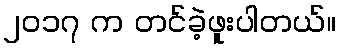
၂၀၁၇ က တင်ခဲ့ဖူးပါတယ်။